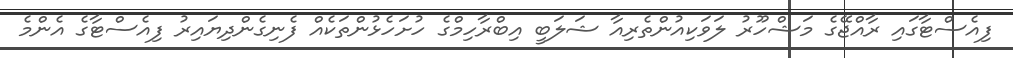
ފިއެސްޓާގައި ރާއްޖޭގެ މަޝްހޫރު ލަވަކިއުންތެރިއާ ޝަލަބީ އިބްރާހިމްގެ ހުށަހެޅުންތަކެއް ފެނިގެންދިޔައިރު ފިއެސްޓާގެ އެންމެ